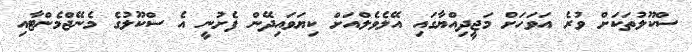
ސްކޫލުތަކަށް ވުރެ އަވަހަށް މަޖީދިއްޔާގައި އޭލެވެލްއަށް ކިޔަވައިދޭން ފެށުނީ އެ ސްކޫލުގެ މެނޭޖްމެންޓާއި